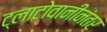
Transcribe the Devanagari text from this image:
ट्लाटोवानीनंतर